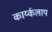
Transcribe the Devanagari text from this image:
कार्य्कलाप